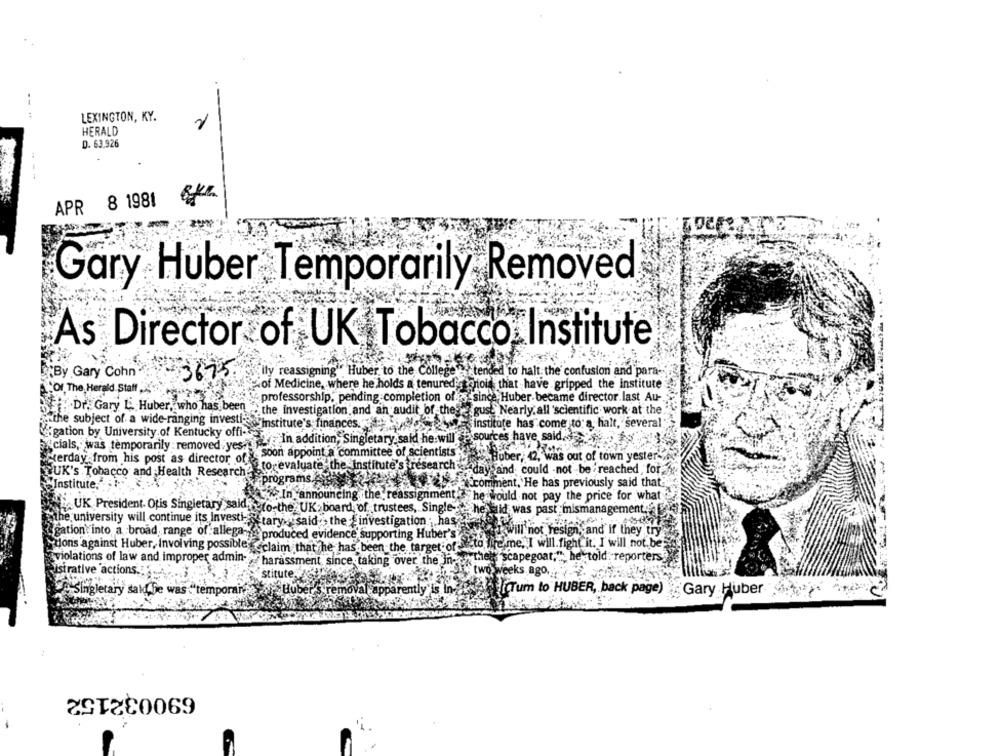
LEXINGTON, KY.
1
HERALD
D. 63.926
APR 8 1981 6-24
Gary Huber Temporarily Removed
As Director of UK Tobacco Institute
By Gary Cohn
3675
ily reassigning" Huber to the College " tended to halt the confusion and para-"
of Medicine, where he holds a tenured's sonois that have gripped the Institute
"Of The Herald Statt,
: professorship, pending completion oflos's
Huber became director.last Au-
Dr. Gary L. Huber, who has been
the investigation and an audit of these gust" Nearly. all 'scientific work at the
the subject of a wide-ranging investis institute's finances.
institute has come to: a halt, several
"cials, was temporarily :removed, yes . In addition, Singletary said he will
""gation by University of Kentucky offi-
sources have said.
y soon appoint a committee of scientists
Seterday from his post as director of
Tuber, 42, was out of town yester-
CUK's Tobacco and Health Research&
to evaluate the institute's research edaysand could not be reached , for
Institute,
programs.
comment, He has previously said that
In announcing the reassignment " he would not pay the price for what
UK President. Opis Singletary saidito the UK: board of trustees, Single:" he did was past mismanagement.
the university will continue its Investhastaryw said :, the investigation ; has Fr
&gation into a broad range of allega-
gation' into a broad range of allegant produced evidence supporting Huber's" > will not resign, and if they try
hot Fest
and if they try
ifelme, I will. fighCit. I will not be
Yuons against Huber, Involving possible, claim that he has been the target of
violations of law and improper admin - harassment, since taking over the In-other "scapegoat," he told reporters?
istrative actions.
two weeks ago.
Singletary said he was temporary
Hub
it'sremoval apparently is Ing
[CTum to HUBER, back page)
Gary Huber
690032152